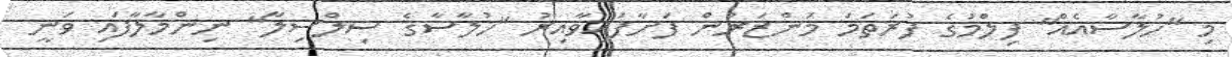
މި "ހުލާސާއެއް" ފިލްމުގެ ފުރަތަމަ މަންޒަރުން ފަށާފައިވާއިރު "ހުލާސާގެ ސިލްސިލާ" ނިންމާލާފައި ވަނީ